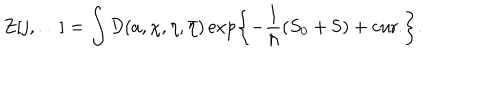
Z [ j , \ldots ] = \int { \cal D } ( a , \chi , \eta , \bar { \eta } ) \exp \left\{ - \frac { 1 } { \hbar } \left( S _ { 0 } + { \sf S } \right) + \mathrm { c u r . } \right\} .